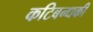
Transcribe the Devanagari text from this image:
कटिबन्धकी